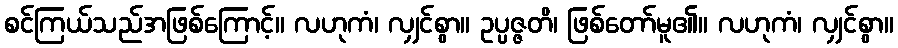
စင်ကြယ်သည်အဖြစ်ကြောင့်။ လဟုကံ၊ လျှင်စွာ။ ဥပ္ပဇ္ဇတိ၊ ဖြစ်တော်မူ၏။ လဟုကံ၊ လျှင်စွာ။